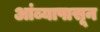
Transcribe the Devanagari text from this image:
आंब्यापासून